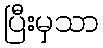
ပြီးမှသာ